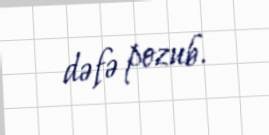
dəfə pozub.